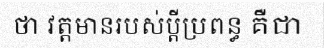
ថា វត្តមានរបស់ប្តីប្រពន្ធ គឺជា